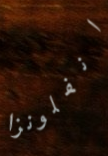
انفلونزا